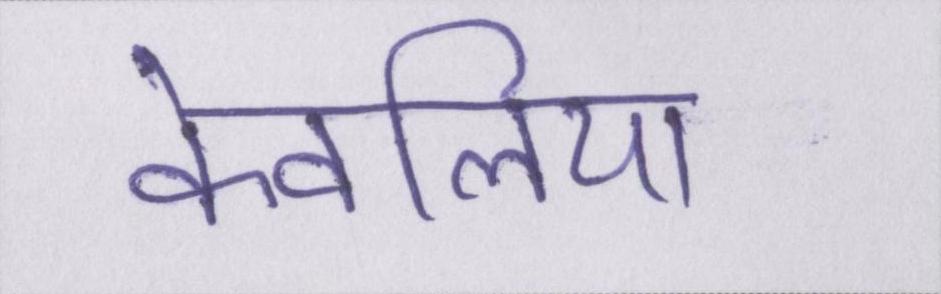
केवलिया